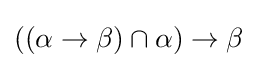
((\alpha \to \beta )\cap \alpha )\to \beta